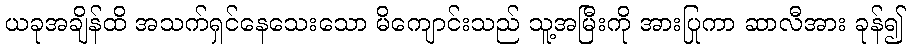
ယခုအချိန်ထိ အသက်ရှင်နေသေးသော မိကျောင်းသည် သူ့အမြီးကို အားပြုကာ ဆာလီအား ခုန်၍